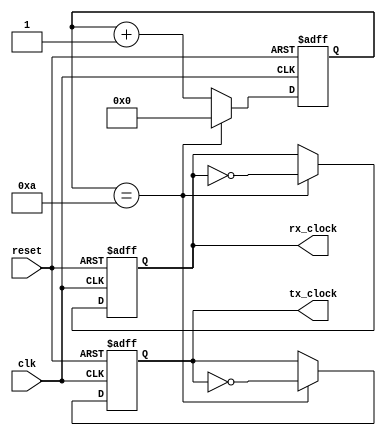
module uart_timing_control (
    input wire clk,
    input wire reset,
    output reg tx_clock,
    output reg rx_clock
);

reg [7:0] baud_rate = 8'h0A; // Baud rate = 9600
reg [3:0] baud_count = 4'b0;

always @(posedge clk or posedge reset) begin
    if (reset) begin
        baud_count <= 4'b0000;
        tx_clock <= 1'b0;
        rx_clock <= 1'b0;
    end else begin
        baud_count <= baud_count + 1;
        if (baud_count == baud_rate) begin
            baud_count <= 4'b0000;
            tx_clock <= ~tx_clock;
            rx_clock <= ~rx_clock;
        end
    end
end

endmodule